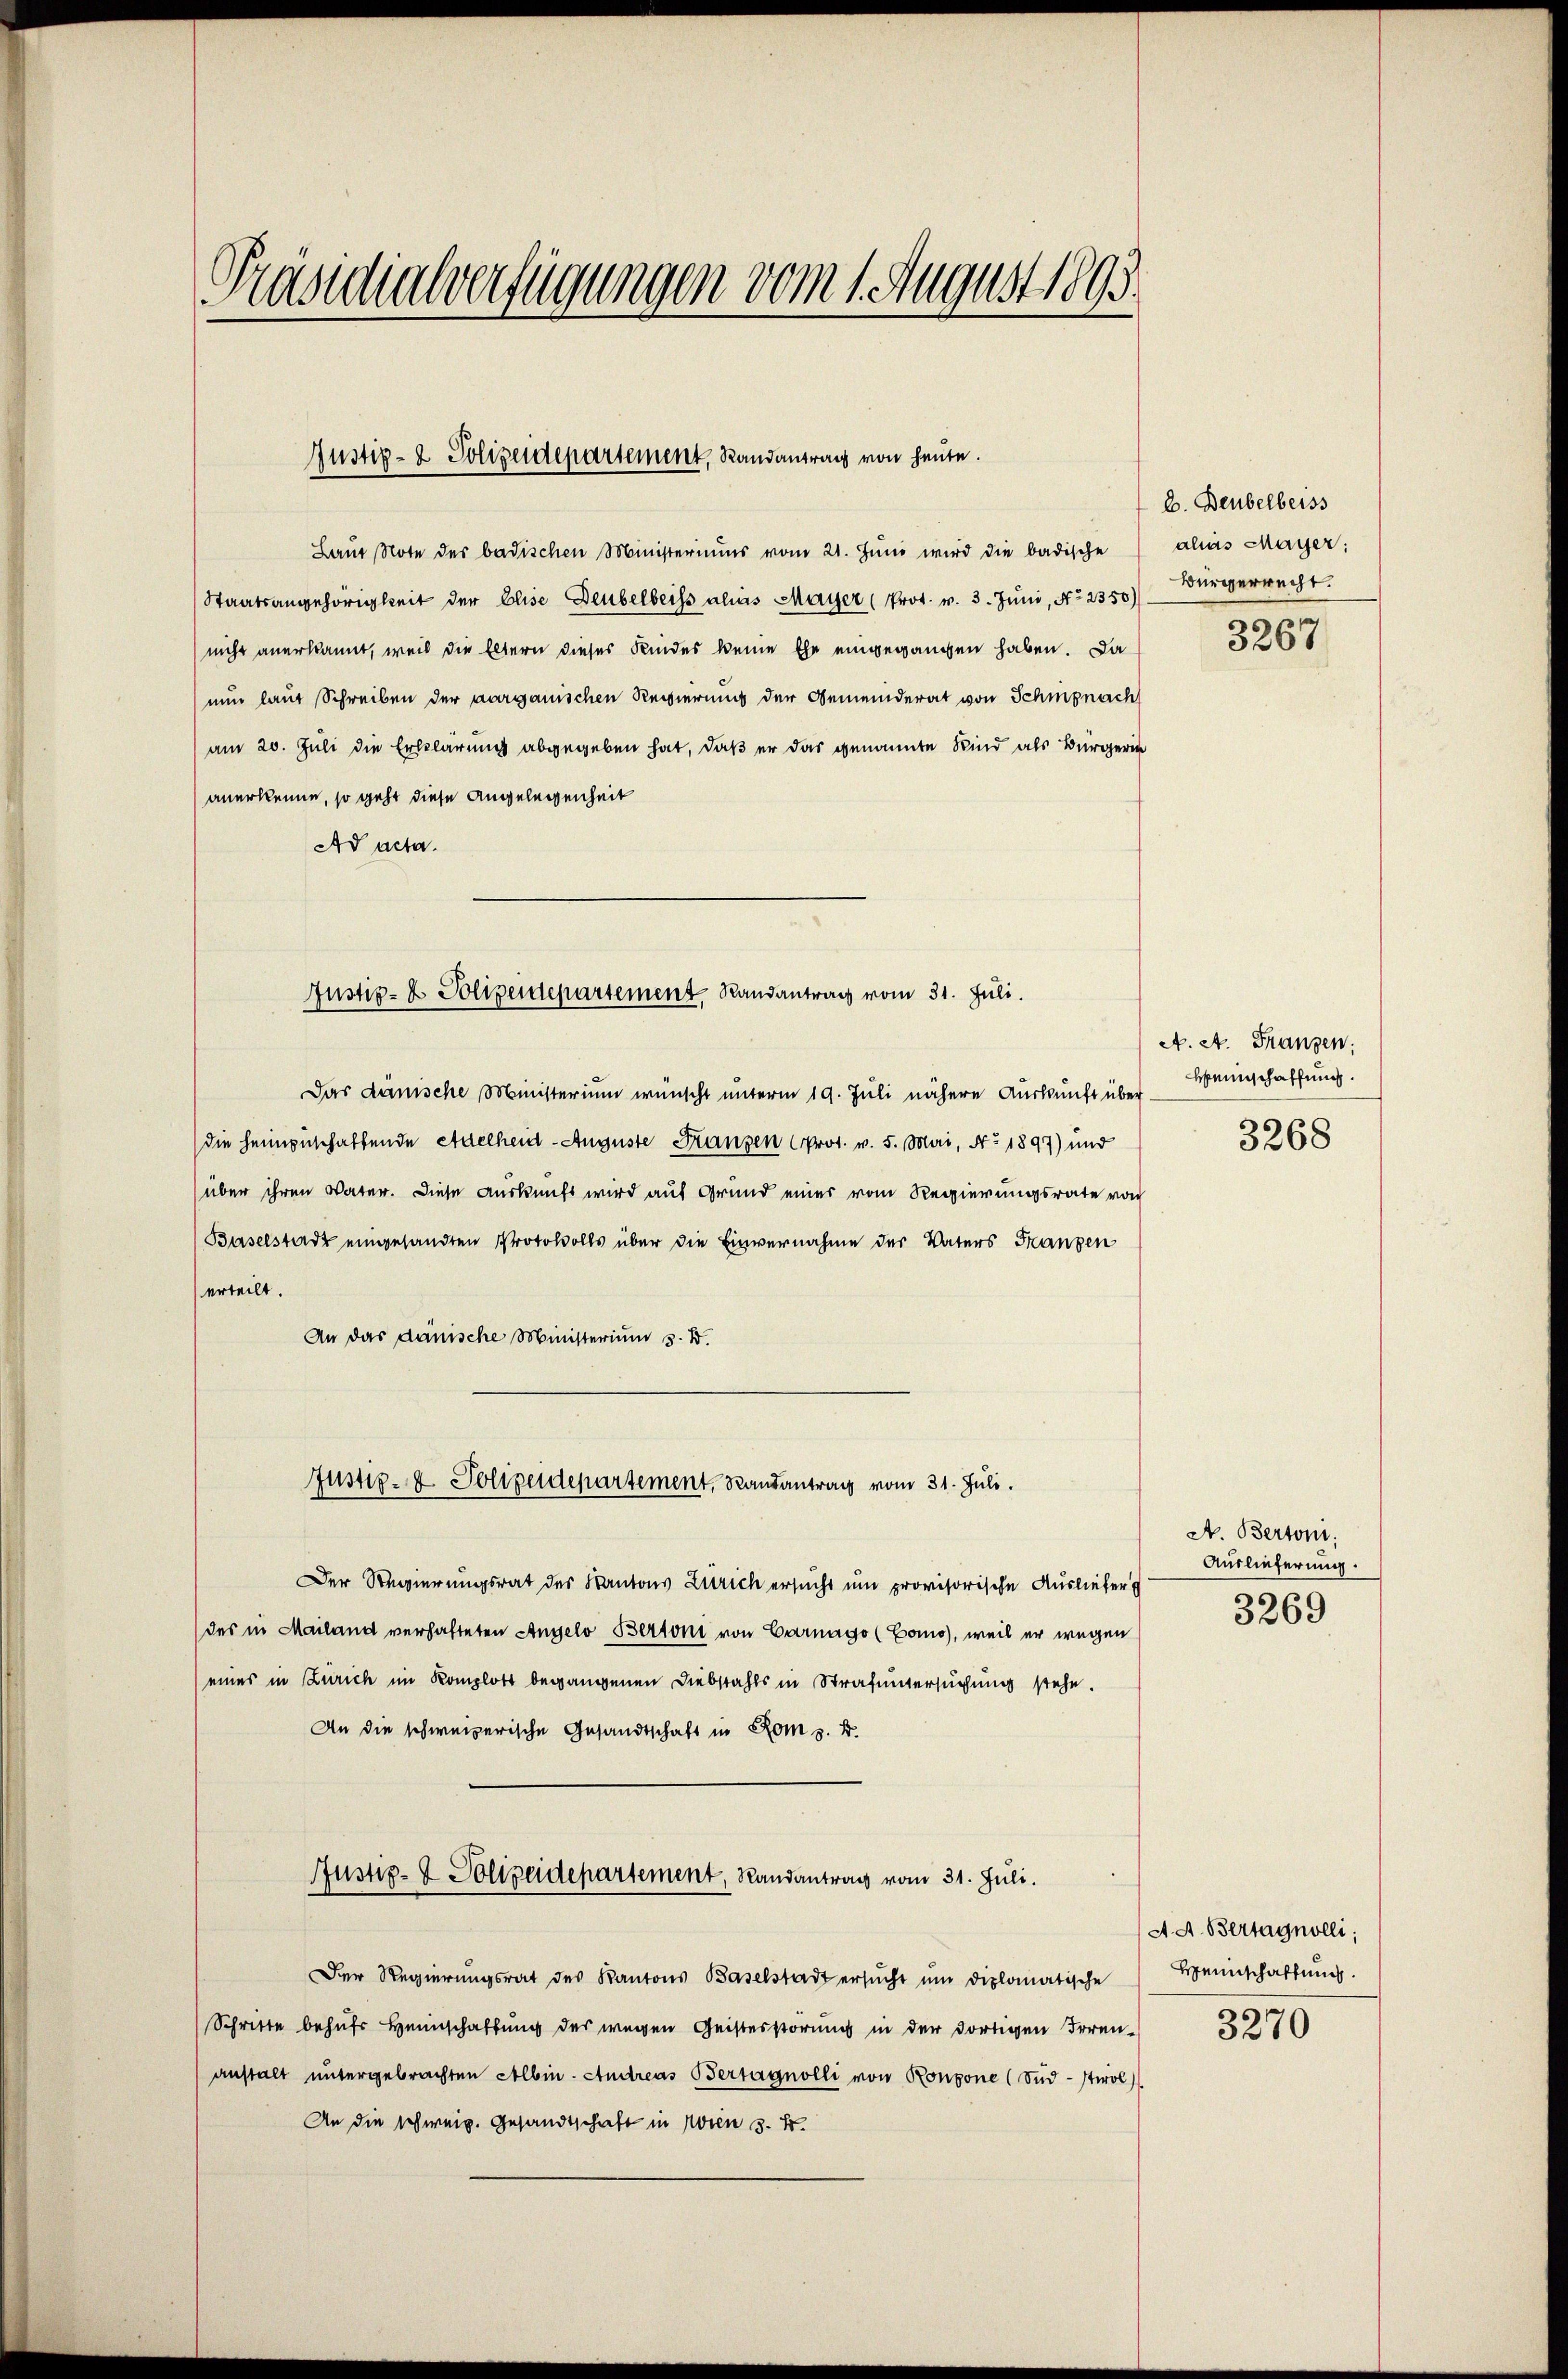
Präsidialverfügungen vom 1 August 1893

Justiz- & Polizeidepartement, Randantrag von heute.

Laŭt Note der badischen Ministeriums vom 21. Juni wird die badische
Staatsangehörigkeit der Elise Deubelbeiss ahas Mayer (Prot. v. 3. Juni, No 2350)
nicht anerkannt, weil die Eltern dieser Kindes keine Ehe eingegangen haben. Da
nun laut Schreiben der aargauischen Regierung der Gemeinderat von Schmpnach
am 20. Juli die Erklärung abgegeben hat, daß er das genannte Kind als Bürgerin
anerkenne, so geht diese Angelegenheit
Ad acta.
Das dänische Ministerium wünscht unterm 19. Juli nähere Auskunft über
die heimgeschaffende Adelheid-Auguste Franzen prot. v. 5. Mai, No 1897) und
über ihren Vater. Diese Auskunft wird auf Grund einer vom Regierungsrate von
(Baselstadt eingesandten Protokolls über die Einvernahme des Vaters Franzen
erteilt.
An das dänische Ministerium 3. d.
Justiz- & Polizeidepartement, Randantrag vom 31. Juli.
Der Regierungsrat des Kantons Zürich ersucht um provisorische Auslieber
des in Mailand verhafteten Angelo Bertoni von Carnago (Como, weil er wegen
eines in Zürich im Komplott begangenen Diebstahls in Strafuntersuchung stehe.
An die schweizerische Gesandtschaft in Rom z. B.
Justiz- & Polizeidepartement, Randantrag vom 31. Juli.
Der Regierungsrat des Kantons Baselstadt ersŭcht ŭm diplomatische
Schritte behufs Heimschaftung des wegen Geistesstörung in der dortigen Irrenanstalt untergebrachten Albin. Andreas Bertagnolli von Bonzone (Süd-Itirol
An die schweiz. Gesandtschaft in Wien 3. k.

Justiz- & Polizeidepartement Randantrag vom 31. Juli.

b. Beubelberss
alas Mayer:
Bürgerrecht.

3267

A. A. Franzen;
Weinschaffung.
3268

A. Bertoni.
Auslieferung.
3269

A. A. Bertagnolli;
Weinschaffung.
3270